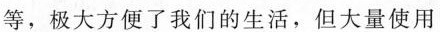
等，极大方便了我们的生活，但大量使